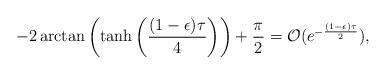
LaTeX: \begin{align*}-2\arctan \left( \tanh \left( \frac{(1-\epsilon)\tau}{4}\right)\right) + \frac{\pi}{2} &= \mathcal{O}(e^{-\frac{(1-\epsilon)\tau}{2}}),\end{align*}